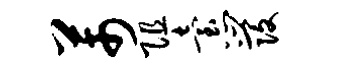
芾阻怠发